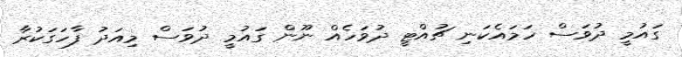
ގައުމީ ދުވަސް ހަމައެކަނި ޗުއްޓީ ދުވަހެއް ނޫން ގައުމީ ދުވަސް މިއަދު ފާހަގަކުރާ